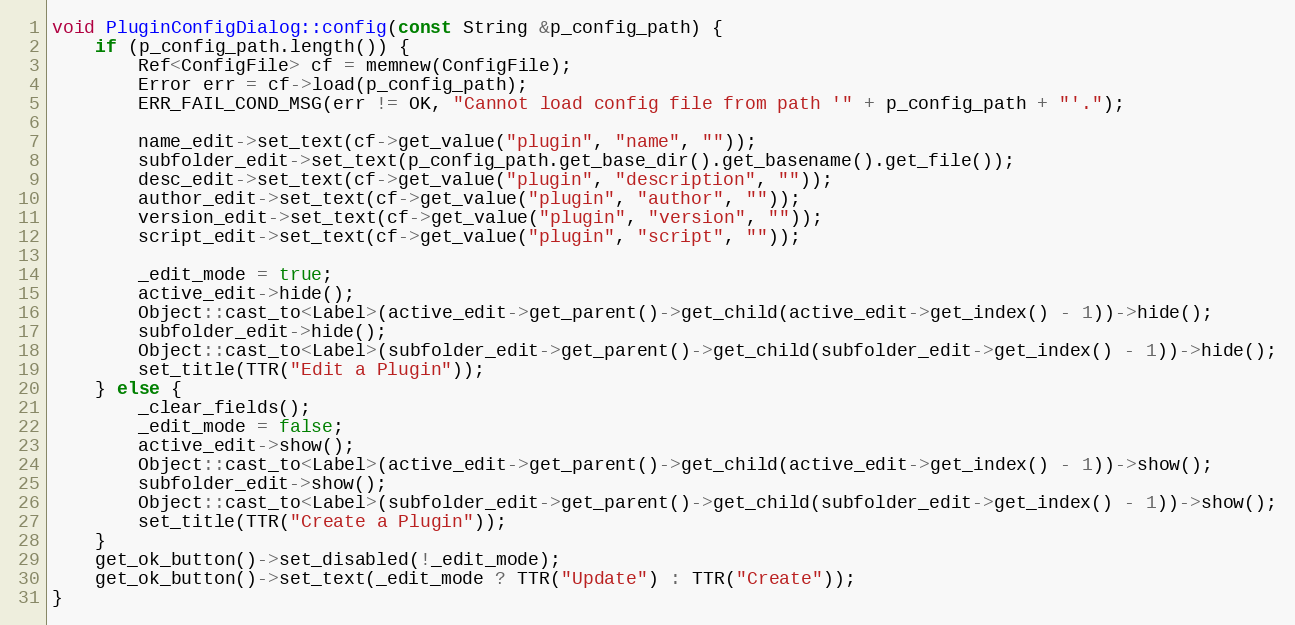
Language: C++
void PluginConfigDialog::config(const String &p_config_path) {
	if (p_config_path.length()) {
		Ref<ConfigFile> cf = memnew(ConfigFile);
		Error err = cf->load(p_config_path);
		ERR_FAIL_COND_MSG(err != OK, "Cannot load config file from path '" + p_config_path + "'.");

		name_edit->set_text(cf->get_value("plugin", "name", ""));
		subfolder_edit->set_text(p_config_path.get_base_dir().get_basename().get_file());
		desc_edit->set_text(cf->get_value("plugin", "description", ""));
		author_edit->set_text(cf->get_value("plugin", "author", ""));
		version_edit->set_text(cf->get_value("plugin", "version", ""));
		script_edit->set_text(cf->get_value("plugin", "script", ""));

		_edit_mode = true;
		active_edit->hide();
		Object::cast_to<Label>(active_edit->get_parent()->get_child(active_edit->get_index() - 1))->hide();
		subfolder_edit->hide();
		Object::cast_to<Label>(subfolder_edit->get_parent()->get_child(subfolder_edit->get_index() - 1))->hide();
		set_title(TTR("Edit a Plugin"));
	} else {
		_clear_fields();
		_edit_mode = false;
		active_edit->show();
		Object::cast_to<Label>(active_edit->get_parent()->get_child(active_edit->get_index() - 1))->show();
		subfolder_edit->show();
		Object::cast_to<Label>(subfolder_edit->get_parent()->get_child(subfolder_edit->get_index() - 1))->show();
		set_title(TTR("Create a Plugin"));
	}
	get_ok_button()->set_disabled(!_edit_mode);
	get_ok_button()->set_text(_edit_mode ? TTR("Update") : TTR("Create"));
}